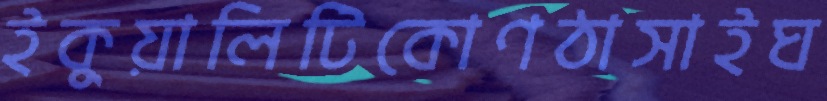
ইকুয়ালিটিকোণঠাসাইঘ